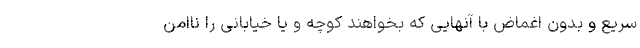
سریع و بدون اغماض با آنهایی که بخواهند کوچه و یا خیابانی را ناامن